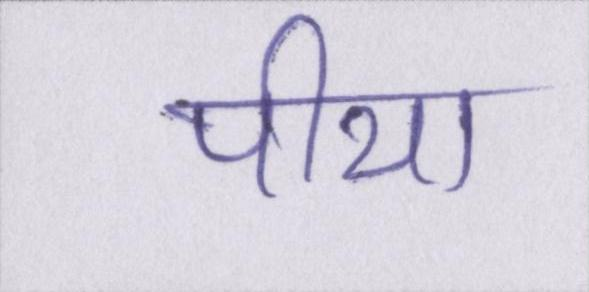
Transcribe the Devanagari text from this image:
पीया